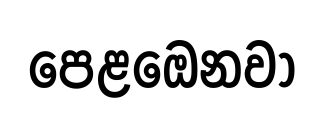
පෙළඔෙනවා